Annual report on the lock hospitals of the Madras Presidency
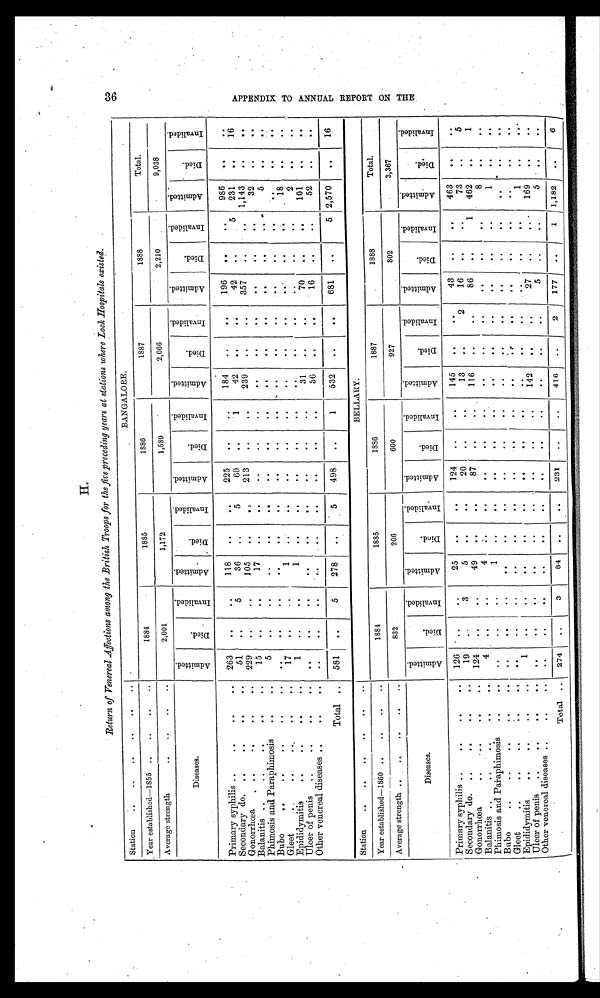
H.
Return of Venereal Affections among the British Troops for the five preceding years at stations where Lock Hospital existed.
Station.
..
..
..
..
BANGALORE.
Year established—1855 ..
..
. .
..
1884
1885
1886
1887
1888
Total.
Average strength
..
..
..
..
2,001
1,172
1,589
2,066
2,210
9,038
Diseases.
A d m i t t e d .
D i e d .
I n v a l i d e d .
A d m i t t e d .
D i e d .
I n v a l i d e d .
A d m i t t e d .
D i e d .
I n v a l i d e d .
A d m i t t e d .
D i e d .
I n v a l i d e d .
A d m i t t e d .
D i e d .
I n v a l i d e d .
A d m i t t e d .
D i e d .
I n v a l i d e d .
Primary syphilis ..
. .
. .
..
263
. .
. .
118
..
. . 225
..
..
184
. .
. .
196
. .
. .
986
. .
. .
Secondary do. ..
. .
. .
. .
51
. .
5
36
. .
5
60
. .
1
42
. .
. .
42
..
5
231
. .
16
Gonorrhœa . . ..
. .
. .
229
. .
..
105
..
. . 213
. .
239
. .
. .
357
. .
. . 1,143
. .
. .
Balanitis .. .. ..
. .
. .
15
. .
. .
17
. .
. .
. .
. .
. .
. .
. .
. .
. .
..
. .
32
. .
. .
Phimosis and Paraphimosis
..
..
5
. .
. .
. .
. .
. .
. .
. .
. .
. .
. .
. .
. .
. .
. .
5
..
. .
Bubo
.. .. ..
. .
. .
. .
. .
. .
. .
. .
. .
. .
. .
. .
. .
. .
. .
..
. .
. .
. .
. .
. .
Gleet
. .
. .
. .
17
..
. .
1
..
. .
. .
. .
. .
. .
. .
. .
. .
. .
. .
1 8
. .
. .
Epididymitis
. . . .
. .
. .
1
. .
. .
1
. .
..
. .
. .
. .
. .
. .
. .
. .
. .
. .
2
. .
..
Ulcer of penis
..
. .
. .
. .
. .
. .
. .
. .
. .
. .
. .
. .
. .
31
. .
. .
70
. .
. .
101
. .
. .
Other venereal diseases ..
. .
..
..
. .
. .
..
. .
. . ..
. .
. .
36
. .
..
16
. .
. .
52
. .
. .
Total ..
581
. .
5
278
. .
. .
498
. .
1
532
. .
..
681
. .
5 2,570
. .
16
Station
. . . . . . . .
. .
..
Year established—1860 ..
..
. .
..
1884
1885
1886
1887
1888
Total.
Average strength ..
..
..
. .
832
206
600
927
802
3,367
Diseases.
A d m i t t e d .
D i e d .
I n v a l i d e d .
A d m i t t e d .
D i e d .
I n v a l i d e d .
A d m i t t e d .
D i e d .
I n v a l i d e d .
A d m i t t e d .
D i e d .
I n v a l i d e d .
A d m i t t e d .
D i e d .
I n v a l i d e d .
A d m i t t e d .
D i e d .
I n v a l i d e d .
Primary syphilis ..
. .
..
. .
126
. .
..
25
. .
. . 124
. .
. .
145
. .
. .
43
. .
. .
463
. .
..
Secondary do...
. .
. .
..
19
. .
3
5
. .
20
. .
. .
13
. .
2
16
.
.
. .
73
. .
5
Gonorrhœa
..
. .
. .
124
. .
. .
49
. .
. .
87
. .
. .
116
. .
. .
86
. .
1
462
. .
1
Balanitis .. ..
. .
. .
4
. .
..
4
. . .
. .
. .
. .
. .
. .
. .
. .
. .
. .
. .
8
. .
. .
Phimosis and Paraphimosis
. .
. .
. .
. .
. .
1
. .
. .
. .
. .
. .
.. .
. .
. .
. .
. .
. .
1
. .
. .
Bubo
. . .. . .
. .
. .
. .
. .
. .
. . . .
.
.
. .
. .
. .
. .
.
.
.
.
.
.
. .
. .
. .
.
.
Gleet
. . . . . .
. .
..
.
.
. .
. . . .
. . ..
. .
. .
. .
. .
. .
. .
. .
. .
. .
. .
..
. . .
. .
Epididymitis
....
. .
. .
1
. .
. .
. .
. .
. .
. .
. .
. .
. .
. .
. .
..
. .
1
. .
. .
Ulcer of penis
. .
. .
. .
. .
. .
. .
. .
..
. .
. .
. .
. .
. .
142
. .
. .
27
.
.
..
169
. .
. .
Other venereal diseases . .
. .
..
. .
. .
. .
. .
. . ..
..
. .
. .
. .
. .
.
.
5
.
.
. .
5
. .
.
.
T o t a l
274
. .
3
84
. . ..
231
. .
. .
416
. .
2
177
. .
1
1,182
..
6
36
A P P E N D I X T O A N N U A L R E P O R T O N T H E